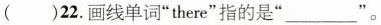
()22.画线单词"there"指的是"___"。